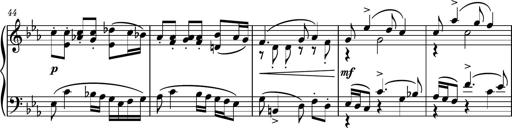
Title: Piano Sonatina No.5
Composer: Dimitri Sykias
Key: C minor